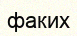
факих